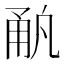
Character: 𰢳